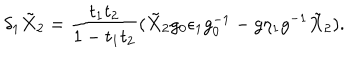
LaTeX: \delta _ { 1 } \tilde { X } _ { 2 } = { \frac { t _ { 1 } t _ { 2 } } { 1 - t _ { 1 } t _ { 2 } } } ( \tilde { X } _ { 2 } g _ { 0 } \epsilon _ { 1 } g _ { 0 } ^ { - 1 } - g \eta _ { 1 } g ^ { - 1 } \tilde { X } _ { 2 } ) .